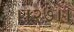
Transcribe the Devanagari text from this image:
।।२७।।